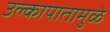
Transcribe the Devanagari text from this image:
उल्कापातामुळे